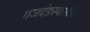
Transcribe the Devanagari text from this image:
गजदंडस्वामींचा